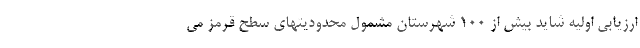
ارزیابی اولیه شاید بیش از ۱۰۰ شهرستان مشمول محدودیتهای سطح قرمز می